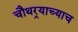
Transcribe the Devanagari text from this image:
चौथर्‍याच्याच